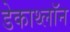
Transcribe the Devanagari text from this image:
डेकाथ्लॉन